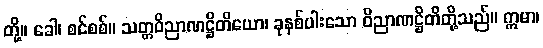
တို့။ ခေါ၊ စင်စစ်။ သတ္တဝိညာဏဋ္ဌိတိယော၊ ခုနစ်ပါးသော ဝိညာဏဋ္ဌိတိတို့သည်။ ဣမာ၊